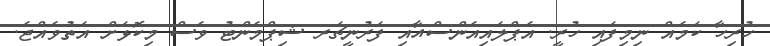
ހުރިހާ ކަމެއް ނިމިފައި ހުރީ. އެޕްލައިއެންސްއާއި ފަރުނީޗަރ ޝިޕްމެންޓު ވެސް މިކޮޅަށް އަތުވެއްޖެ.